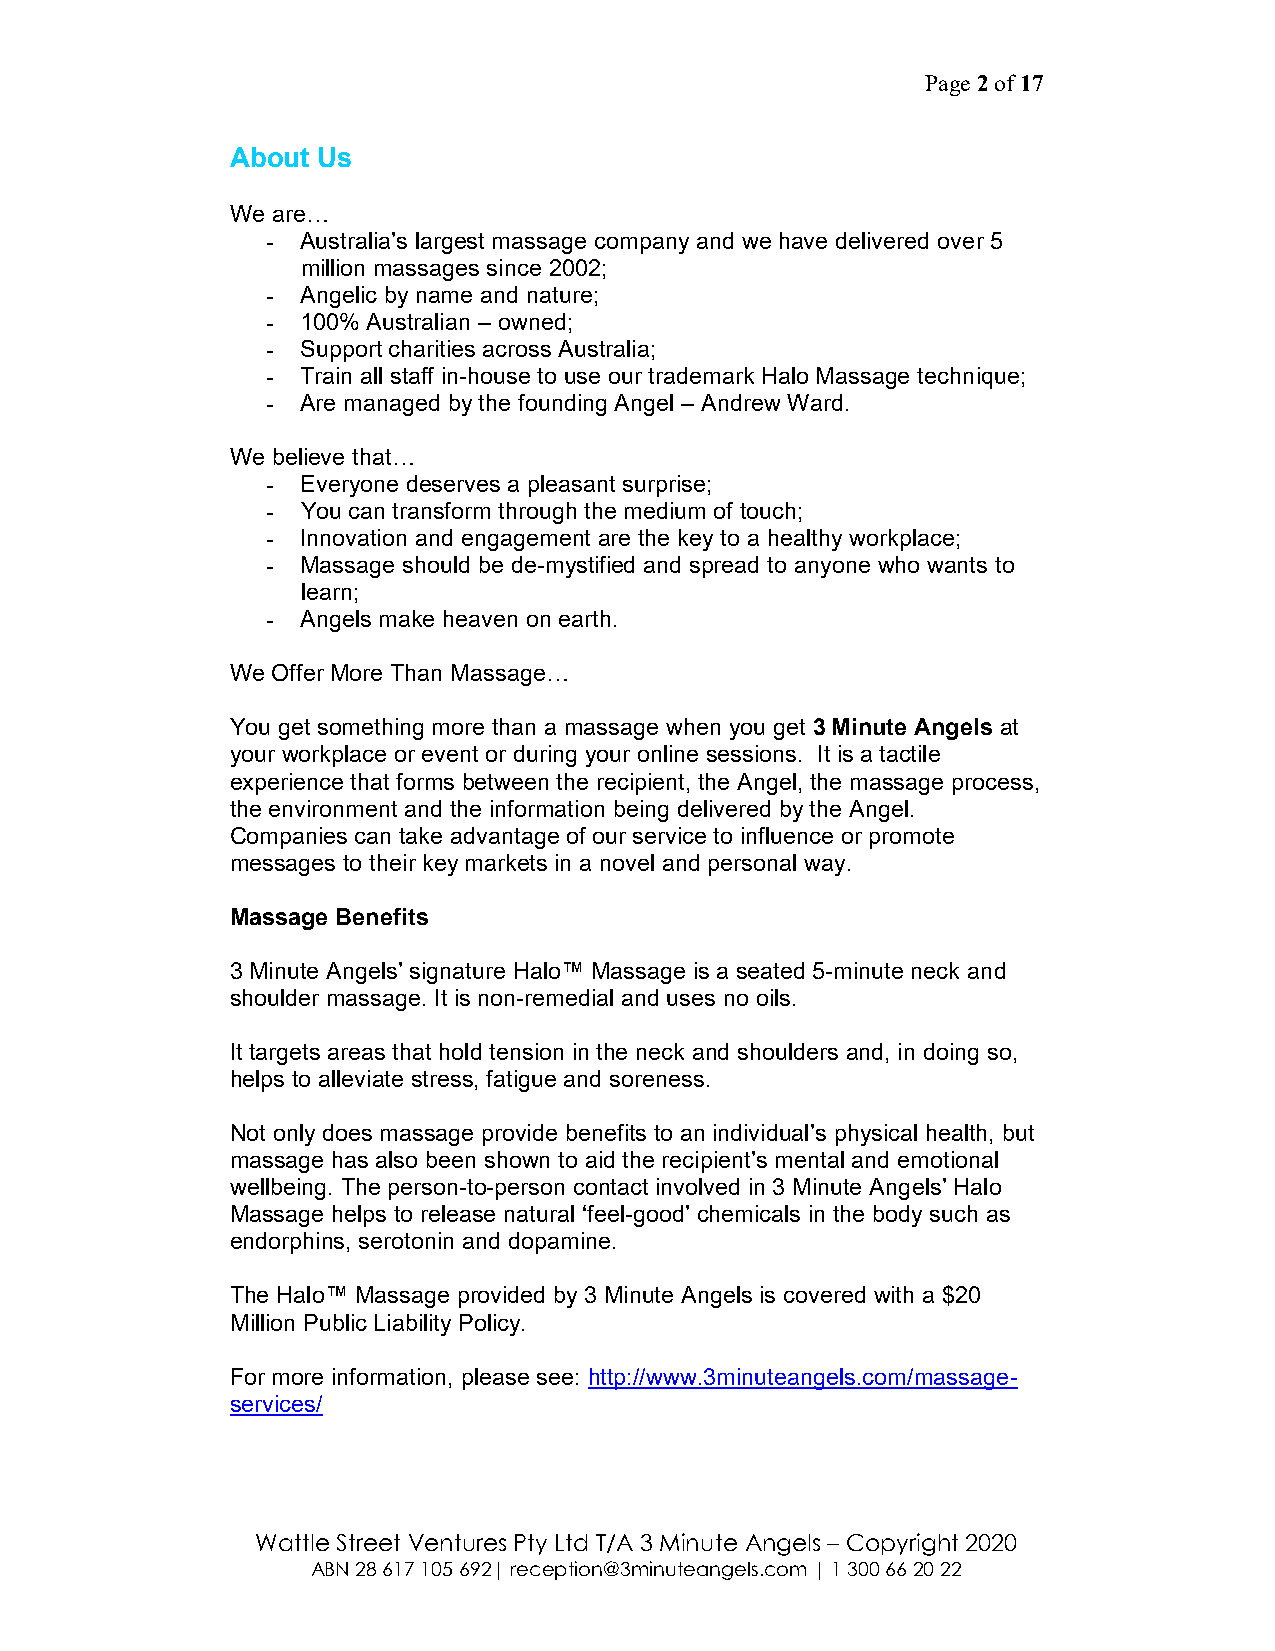
Page 2 of 17
 About Us
 We are…
 - Australia’s largest massage company and we have delivered over 5
 million massages since 2002;
 - Angelic by name and nature;
 - 100% Australian – owned;
 - Support charities across Australia;
 - Train all staff in-house to use our trademark Halo Massage technique;
 - Are managed by the founding Angel – Andrew Ward.
 We believe that…
 - Everyone deserves a pleasant surprise;
 - You can transform through the medium of touch;
 - Innovation and engagement are the key to a healthy workplace;
 - Massage should be de-mystified and spread to anyone who wants to
 learn;
 - Angels make heaven on earth.
 We Offer More Than Massage…
 You get something more than a massage when you get 3 Minute Angels at
 your workplace or event or during your online sessions. It is a tactile
 experience that forms between the recipient, the Angel, the massage process,
 the environment and the information being delivered by the Angel.
 Companies can take advantage of our service to influence or promote
 messages to their key markets in a novel and personal way.
 Massage Benefits
 3 Minute Angels’ signature Halo™ Massage is a seated 5-minute neck and
 shoulder massage. It is non-remedial and uses no oils.
 It targets areas that hold tension in the neck and shoulders and, in doing so,
 helps to alleviate stress, fatigue and soreness.
 Not only does massage provide benefits to an individual’s physical health, but
 massage has also been shown to aid the recipient’s mental and emotional
 wellbeing. The person-to-person contact involved in 3 Minute Angels’ Halo
 Massage helps to release natural ‘feel-good’ chemicals in the body such as
 endorphins, serotonin and dopamine.
 The Halo™ Massage provided by 3 Minute Angels is covered with a $20
 Million Public Liability Policy.
 For more information, please see: http://www.3minuteangels.com/massage-
 services/
 Wattle Street Ventures Pty Ltd T/A 3 Minute Angels – Copyright 2020
 ABN 28 617 105 692| reception@3minuteangels.com | 1 300 66 20 22